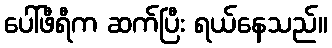
ပေါ်ဖီရီက ဆက်ပြီး ရယ်နေသည်။